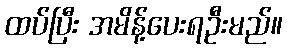
ထပ်ပြီး အမိန့်ပေးရဦးမည်။